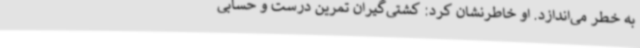
به خطر می‌اندازد. او خاطرنشان کرد: کشتی‌گیران تمرین درست و حسابی